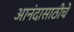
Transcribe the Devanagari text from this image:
आनंदासाठीचे